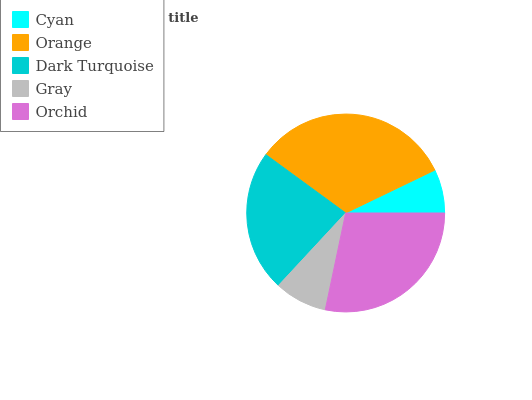
| Cyan | Orange | Dark Turquoise | Gray | Orchid |
 | --- | --- | --- | --- | --- |
 | 7.15% | 32.8% | 23.1% | 8.6% | 28.3% |